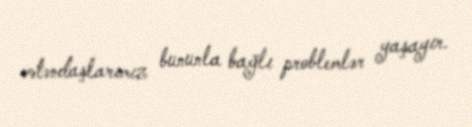
vətəndaşlarımız bununla bağlı problemlər yaşayır.